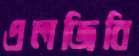
এলজিবি